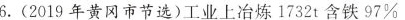
6. (2019年黄冈市节选)工业上冶炼 1732t 含铁 97%